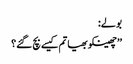
بولے:
’’چھینکو بھیا تم کیسے بچ گئے؟